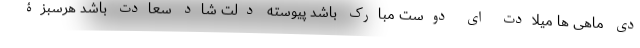
دی ماهی ها میلادت ای دوست مبارک باشد پیوسته دلت شاد سعادت باشد هرسبزۀ